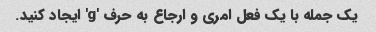
یک جمله با یک فعل امری و ارجاع به حرف 'g' ایجاد کنید.